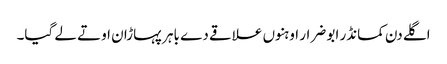
اگلے دن کمانڈر ابو ضرار اوہنوں علاقے دے باہر پہاڑان اوتے لے گیا۔